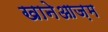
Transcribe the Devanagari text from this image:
खानेआज़म